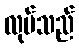
လုပ်သည်